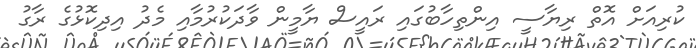
ކުރިއަށް އޮތް ރިޔާސީ އިންތިހާބުގައި ރައީސް ޔާމީން ވާދަކުރުމާއި މެދު އިދިކޮޅުގެ ރާގު